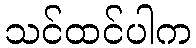
သင်ထင်ပါက